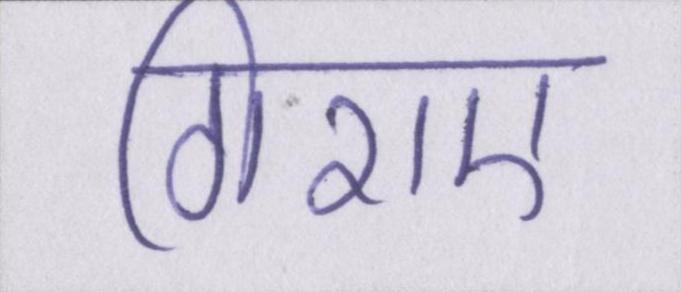
गिराए